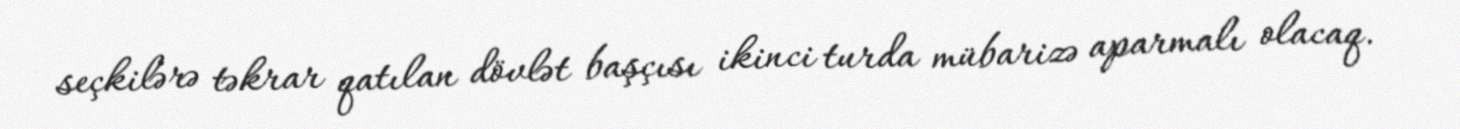
seçkilərə təkrar qatılan dövlət başçısı ikinci turda mübarizə aparmalı olacaq.